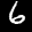
Label: 6